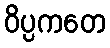
ဝိပ္ပကတေ